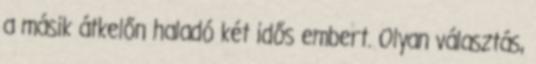
a másik átkelőn haladó két idős embert. Olyan választás,